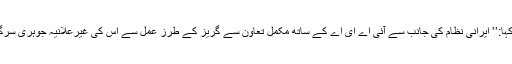
مائیک پومپیو نے منگل کے روز ایک ٹویٹ میں کہا:’’ ایرانی نظام کی جانب سے آئی اے ای اے کے ساتھ مکمل تعاون سے گریز کے طرزِ عمل سے اس کی غیرعلانیہ جوہری سرگرمیوں یا مواد کے بارے میں سوال پیدا ہوئے ہیں۔